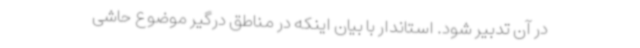
در آن تدبیر شود. استاندار با بیان اینکه در مناطق درگیر موضوع حاشی